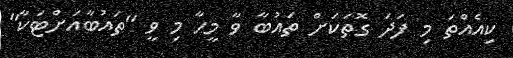
ކިއެއްތަ މި ފަދަ ގޮތަކަށް ތައުބާ ވާ މީހާ މި ވީ ''ތައުބާއަށްޓަކާ''